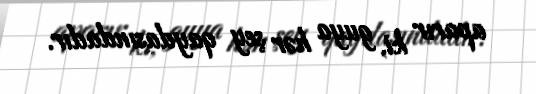
aparır ki, guya hər şey qaydasındadır.